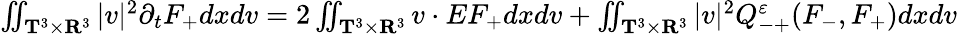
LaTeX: \begin{array}{r}{\iint_{\mathbf T^{3}\times\mathbf R^{3}}|v|^{2}\partial_{t}F_{+}dxdv=2\iint_{\mathbf T^{3}\times\mathbf R^{3}}v\cdot EF_{+}dxdv+\iint_{\mathbf T^{3}\times\mathbf R^{3}}|v|^{2}Q_{-+}^{\varepsilon}(F_{-},F_{+})dxdv}\end{array}